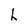
Character: h